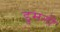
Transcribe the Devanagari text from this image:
डुमनी